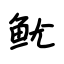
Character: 鱿